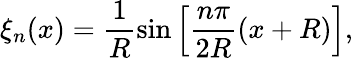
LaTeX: \xi_{n}(x)=\frac{1}{R}\sin\left[\frac{n\pi}{2R}(x+R)\right],